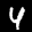
Label: 4